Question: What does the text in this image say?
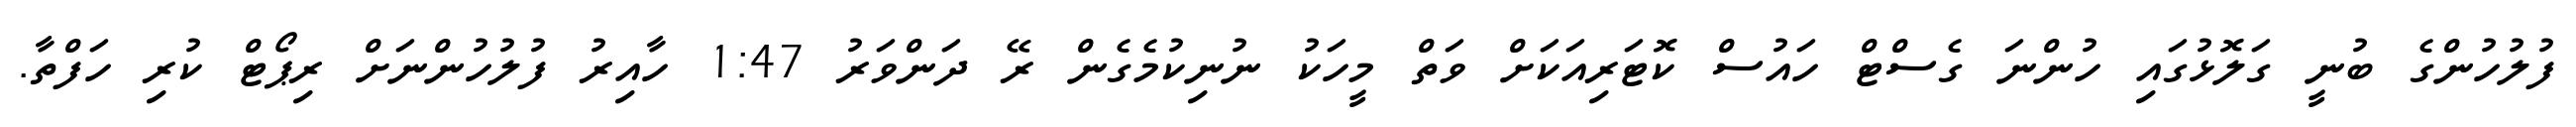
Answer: ފުލުހުންގެ ބުނީ ގަލޮޅުގައި ހުންނަ ގެސްޓް ހައުސް ކޮޓަރިއަކަށް ވަތް މީހަކު ނުނިކުމެގެން ރޭ ދަންވަރު 1:47 ހާއިރު ފުލުހުންނަށް ރިޕޯޓް ކުރި ހަފްތާ.